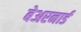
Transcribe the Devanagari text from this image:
बेअरनार्ड